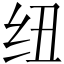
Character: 纽